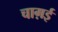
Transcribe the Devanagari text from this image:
चाग़ई